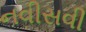
નવીસવી